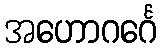
အဟောဂင်္ဂေ